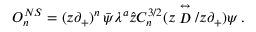
{ \cal O } _ { n } ^ { N S } = ( z \partial _ { + } ) ^ { n } \, \bar { \psi } \lambda ^ { a } \hat { z } C _ { n } ^ { 3 / 2 } ( z \stackrel { \leftrightarrow } { D } / z \partial _ { + } ) \psi \, .